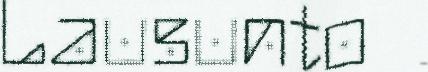
Lausunto